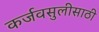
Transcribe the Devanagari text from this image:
कर्जवसुलीसाठी